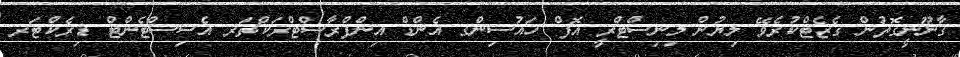
ޤާނޫނީގޮތުން ގެޒެޓްކުރެވޭ ލިޔުން މިނިސްޓްރީ އޮފް ހައުސިންގ އެންޑް އިންފްރާސްޓްރަކްޗަރ އެސިސްޓެންޓް ޑިރެކްޓަރ